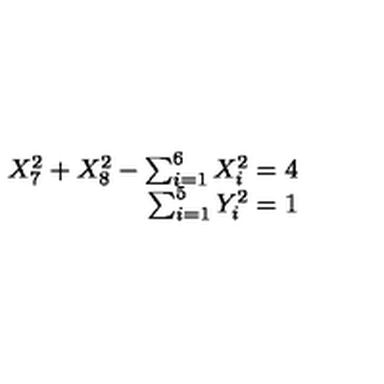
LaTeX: \begin{array} { r } { X _ { 7 } ^ { 2 } + X _ { 8 } ^ { 2 } - \sum _ { i = 1 } ^ { 6 } X _ { i } ^ { 2 } = 4 } \\ { \sum _ { i = 1 } ^ { 5 } Y _ { i } ^ { 2 } = 1 } \\ \end{array}